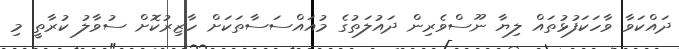
ދައްކަވާ ވާހަކަފުޅުތައް ލިޔާ ނޫސްވެރިން ދައުލަތުގެ މުއައްސަސާތަކަށް ހާޒިރުކޮށް ސުވާލު ކުރާތީ މި